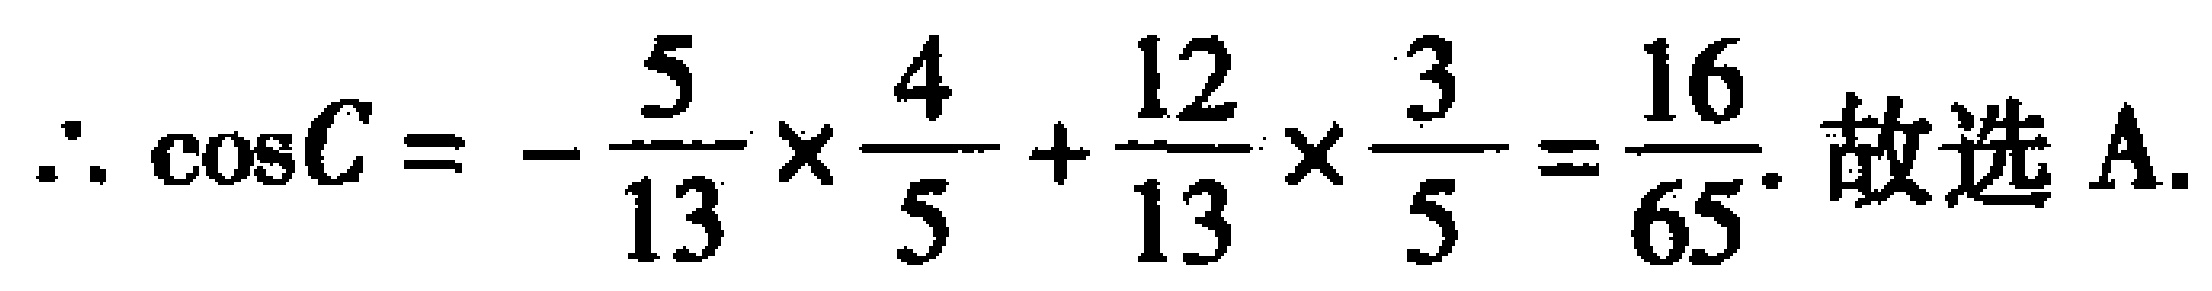
\(\therefore \cos C = -\frac{5}{13}\times\frac{4}{5}+\frac{12}{13}\times\frac{3}{5}=\frac{16}{65}.\) 故选 A.